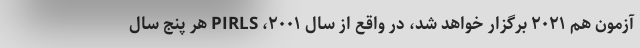
آزمون هم ٢٠٢١ برگزار خواهد شد، در واقع از سال ۲۰۰۱، PIRLS هر پنج سال